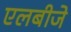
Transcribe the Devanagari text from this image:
एलबीजे